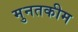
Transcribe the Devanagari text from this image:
मुनतकीम